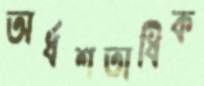
অর্ধশতাধিক